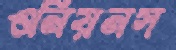
ওনিয়নস